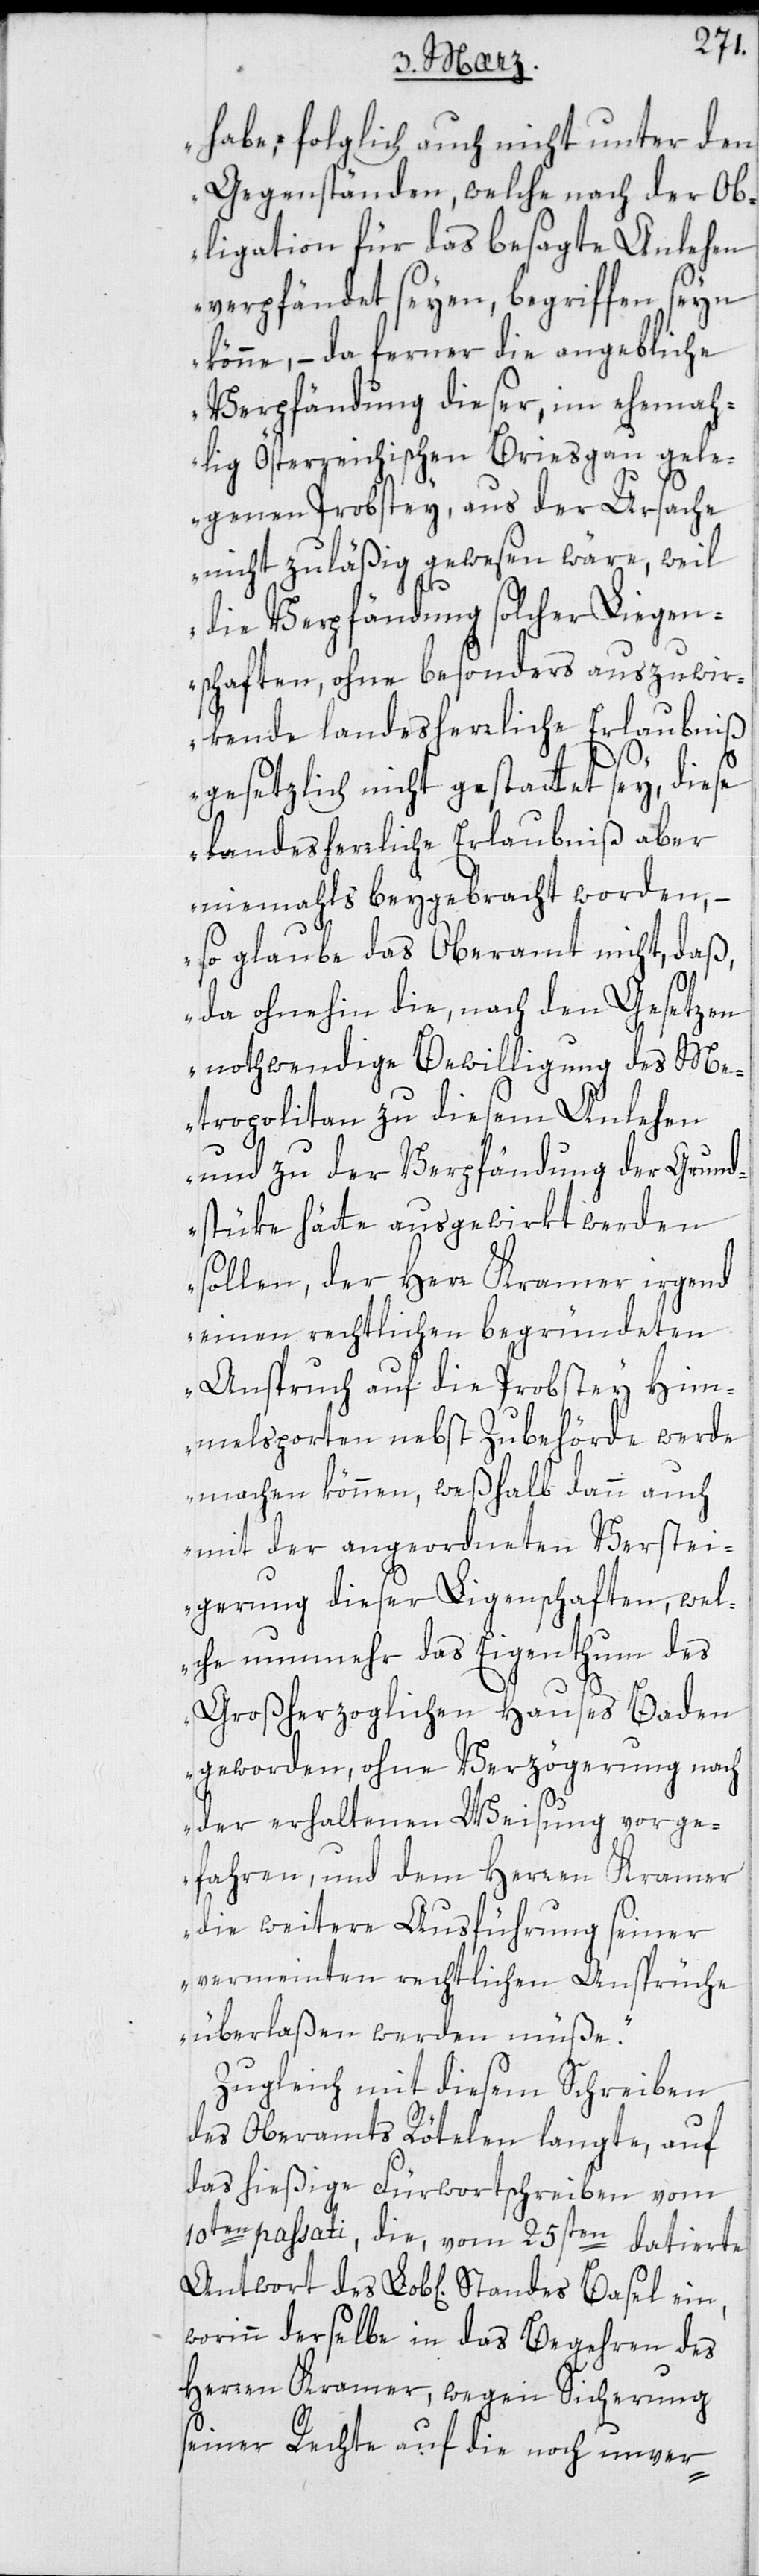
habe, folglich auch nicht unter den
Gegenständen, welche nach der Ob¬
ligation für das besagte Anlehen
verpfändet seyen, begriffen seyn
könne, – da ferner die angebliche
Verpfändung dieser, im ehemah¬
lig Österreichischen Breisgau gele¬
genen Probstey, aus der Ursache
nicht zuläßig gewesen wäre, weil
die Verpfändung solcher Liegen¬
schaften ohne besonders auszuwir¬
kende landesherrliche Erlaubniß
gesetzlich nicht gestattet sey, diese
landesherrliche Erlaubniß aber
niemahls beigebracht worden, –
so glaube das Oberamt nicht, daß,
da ohnehin die, nach den Gesetzen
nothwendige Bewilligung des Me¬
tropolitan zu diesem Anlehen
und zu der Verpfändung der Grund¬
stüke hätte ausgewirkt werden
sollen, der Herr Kramer irgend
einen rechtlichen begründeten
Anspruch auf die Probstey Him¬
melsporten nebst Zubehörde werde
machen können, weßhalb dann auch
mit der angeordneten Verstei¬
gerung dieser Liegenschaften, wel¬
che nunmehr das Eigenthum des
Großherzoglichen Hauses Baden
geworden, ohne Verzögerung nach
der erhaltenen Weisung vorge¬
fahren, und dem Herren Kramer
die weitere Ausführung seiner
vermeinten rechtlichen Ansprüche
überlaßen werden müße“.
Zugleich mit diesem Schreiben
des Oberamts Rötelen langte, auf
das hießige Fürwortschreiben vom
10ten passati, die, vom 25sten datierte
worinn derselbe in das Begehren des
Herren Kramer, wegen Sicherung
seiner Rechte auf die noch unver-